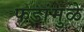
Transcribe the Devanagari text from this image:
फडांमुळे